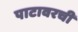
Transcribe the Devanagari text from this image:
पाटावरची